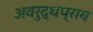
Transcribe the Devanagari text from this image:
अवरुद्धप्राय